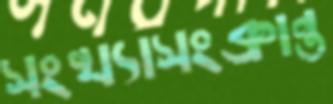
সংখ্যাসংক্রান্ত